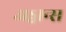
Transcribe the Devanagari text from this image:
अड्वान्स